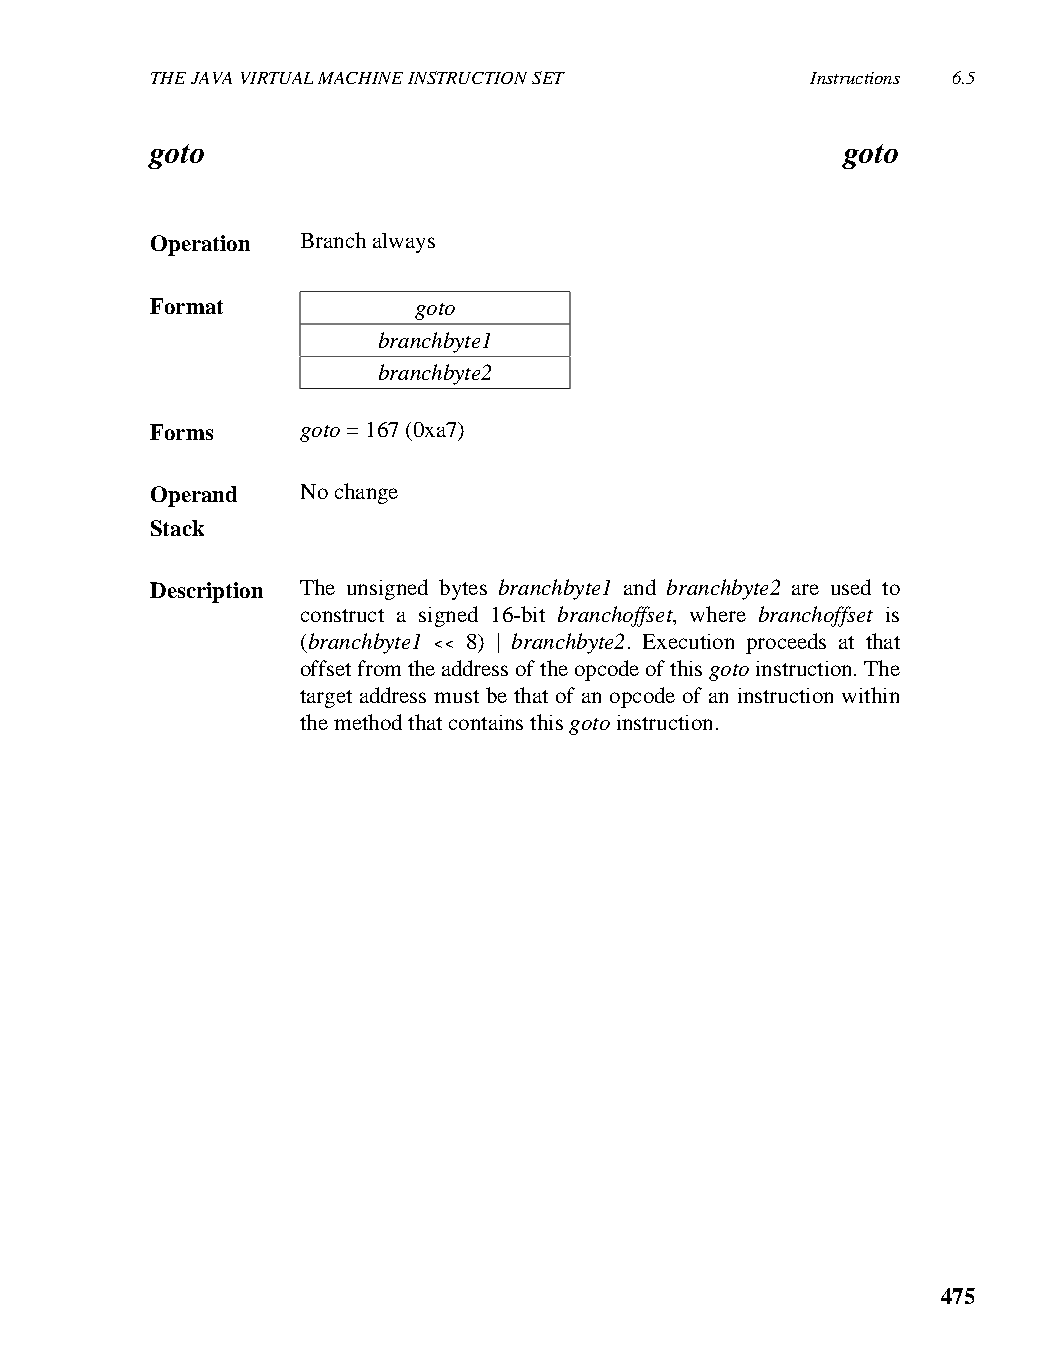
THE JAVA VIRTUAL MACHINE INSTRUCTION SET    Instructions 6.5
 goto                                          goto
 Operation Branch always
 Format           goto
 branchbyte1
 branchbyte2
 Forms     goto = 167 (0xa7)
 Operand   No change
 Stack
 Description The unsigned bytes branchbyte1 and branchbyte2 are used to
 construct a signed 16-bit branchoffset, where branchoffset is
 (branchbyte1 << 8) | branchbyte2. Execution proceeds at that
 offset from the address of the opcode of this goto instruction. The
 target address must be that of an opcode of an instruction within
 the method that contains this goto instruction.
 475